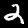
Label: 2